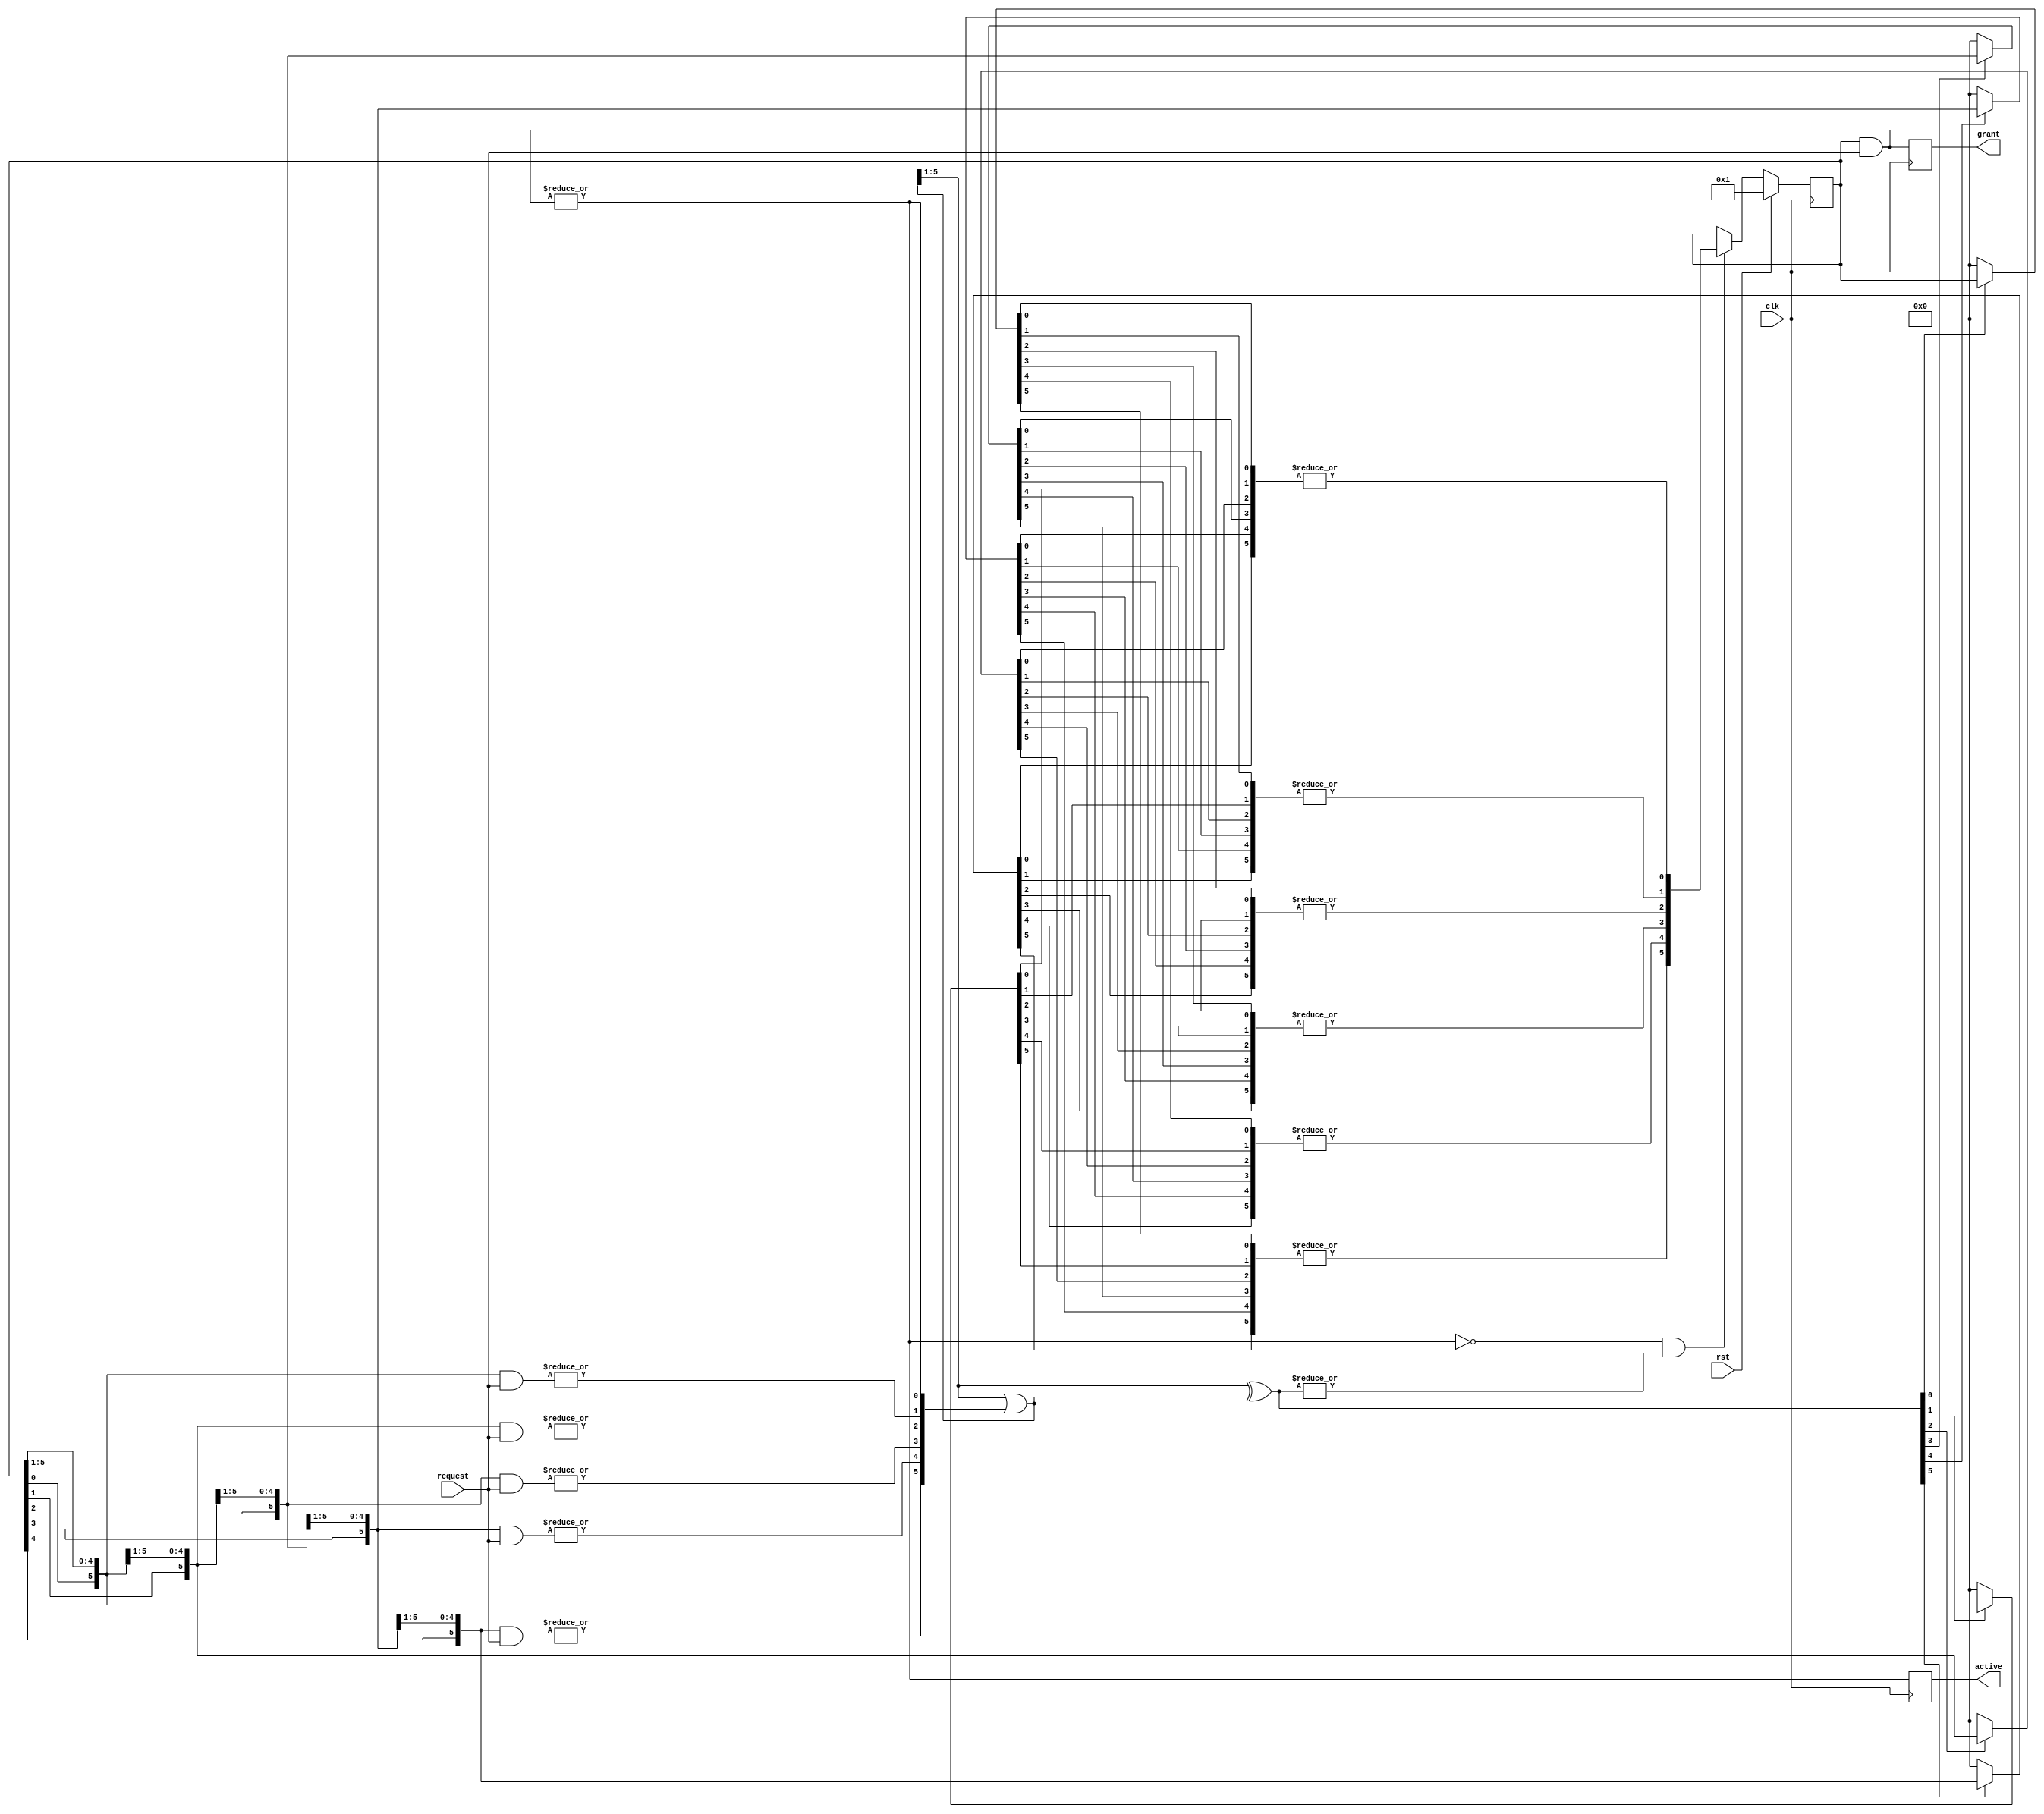
module arbiter
  #(parameter
    NUM_PORTS = 6)
   (input                       clk,
    input                       rst,
    input      [NUM_PORTS-1:0]  request,
    output reg [NUM_PORTS-1:0]  grant,
    output reg                  active
);


    /**
     * Local parameters
     */

    localparam WRAP_LENGTH = 2*NUM_PORTS;

`ifdef VERBOSE
    initial $display("Bus arbiter with %d units", NUM_PORTS);
`endif


    /**
     * Internal signals
     */

    wire                    next;
    wire [NUM_PORTS-1:0]    order;
    wire [NUM_PORTS-1:0]    order_right;
    wire [NUM_PORTS-1:0]    gate;

    reg  [NUM_PORTS-1:0]    token;
    wire [NUM_PORTS-1:0]    token_nx;
    wire [NUM_PORTS-1:0]    token_lookahead [NUM_PORTS-1:0];
    wire [WRAP_LENGTH-1:0]  token_wrap;

    wire [NUM_PORTS-1:0]    token_gated     [0:NUM_PORTS-1];
    wire [NUM_PORTS-1:0]    invert          [0:NUM_PORTS-1];

    /**
     * Implementation
     */

    assign token_wrap   = {token, token};

    assign next         = ~|(token & request);

    assign order_right  = (order_right>>1) | order;

    assign gate         = (order_right>>1) ^ order_right;


    always @(posedge clk)
        grant <= token & request;


    always @(posedge clk)
        active <= |(token & request);


    always @(posedge clk)
        if      (rst)               token <= 'b1;
        else if (next & |(gate))    token <= token_nx;


    genvar xx;
    genvar zz;
    generate
        for (xx = 0; xx < NUM_PORTS; xx = xx + 1) begin : ORDER_

            assign token_lookahead[xx]  = token_wrap[xx +: NUM_PORTS];

            assign order[xx]            = |(token_lookahead[xx] & request);

            assign token_gated[xx]      = gate[xx] ? token_lookahead[xx] : {NUM_PORTS{1'b0}};

            assign token_nx[xx]         = |(invert[xx]);


            for (zz = 0; zz < NUM_PORTS; zz=zz+1) begin : INVERT_
                assign invert[xx][zz] = token_gated[zz][xx];
            end
        end
    endgenerate


endmodule